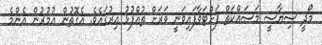
މޯދީ ސިޔާސީ މަސައްކަތް ފަށްޓަވާފައިވަނީ ވަރަށް ތުއްފުޅު އިރުގައެވެ. އެގޮތުން އުމުރުން އެންމެ